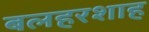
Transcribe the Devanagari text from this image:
बलहरशाह